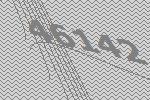
46142